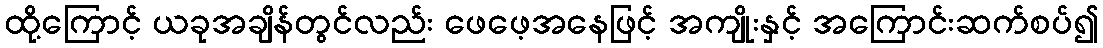
ထို့ကြောင့် ယခုအချိန်တွင်လည်း ဖေဖေ့အနေဖြင့် အကျိုးနှင့် အကြောင်းဆက်စပ်၍